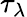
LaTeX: \tau_{\lambda}